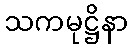
သကမုဋ္ဌိနာ